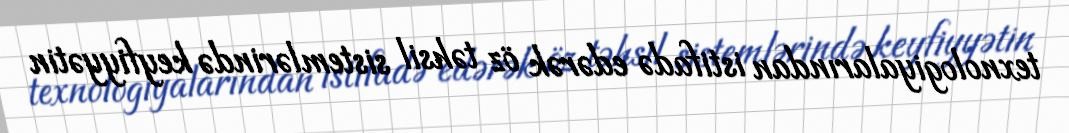
texnologiyalarından istifadə edərək öz təhsil sistemlərində keyfiyyətin